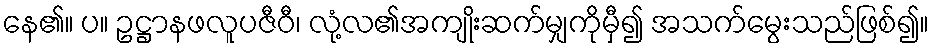
နေ၏။ ပ။ ဥဋ္ဌာနဖလူပဇီဝီ၊ လုံ့လ၏အကျိုးဆက်မျှကိုမှီ၍ အသက်မွေးသည်ဖြစ်၍။